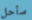
سأحل